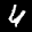
Label: 4